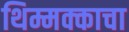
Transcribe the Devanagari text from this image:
थिम्मक्काचा